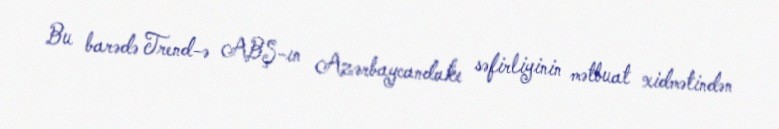
Bu barədə Trend-ə ABŞ-ın Azərbaycandakı səfirliyinin mətbuat xidmətindən